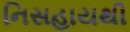
નિસહાયથી